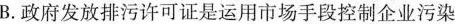
B.征服发放排污许可证是运用市场手段控制企业污染